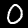
Digit: 0